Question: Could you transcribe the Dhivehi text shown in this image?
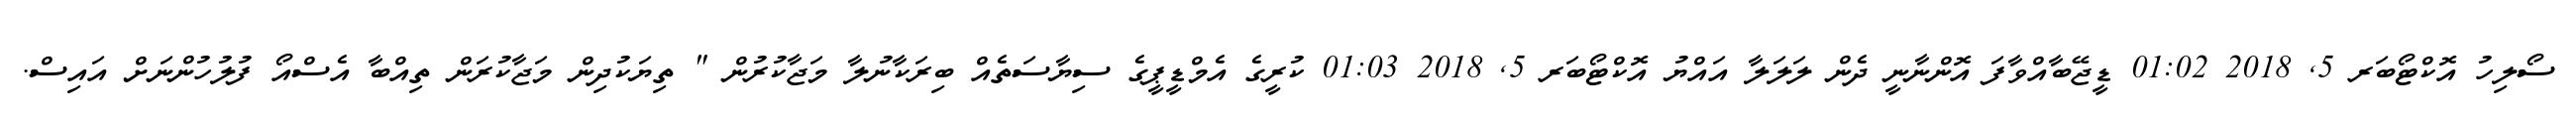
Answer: ސޯލިހު އޮކްޓޯބަރ 5, 2018 01:02 ޑީޖޭބާއްވާފަ އޮންނާނީ ދެން ލަލަލާ އައްޔު އޮކްޓޯބަރ 5, 2018 01:03 ކުރީގެ އެމްޑީޕީގެ ސިޔާސަތެއް ބިރަކާނުލާ މަޖާކުރުން " ތިޔަކުދިން މަޖާކުރަން ތިއްބާ އެސްއޯ ފުލުހުންނަށް އައިސް.